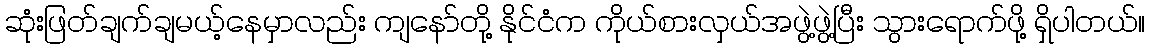
ဆုံးဖြတ်ချက်ချမယ့်နေမှာလည်း ကျနော်တို့ နိုင်ငံက ကိုယ်စားလှယ်အဖွဲ့ဖွဲ့ပြီး သွားရောက်ဖို့ ရှိပါတယ်။